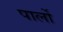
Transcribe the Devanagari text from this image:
पार्लो